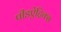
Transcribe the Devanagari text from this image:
पीडऐट्रिक्स